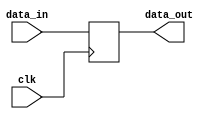
module synchronous_logic_block (
    input wire clk,
    input wire [7:0] data_in,
    output reg [7:0] data_out
);

always @(posedge clk) begin
    // Code or operations for the synchronous logic block
    // Make sure to update the data_out values based on data_in
    data_out <= data_in;
end

endmodule